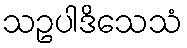
သဥပါဒိသေသံ